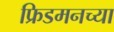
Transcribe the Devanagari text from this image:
फ्रिडमनच्या